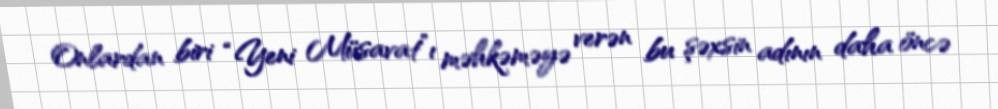
Onlardan biri “Yeni Müsavat”ı məhkəməyə verən bu şəxsin adının daha öncə